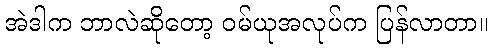
အဲဒါက ဘာလဲဆိုတော့ ဝမ်ယုအလုပ်က ပြန်လာတာ။